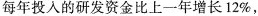
每年投入的研发资金比上一年增长12%，